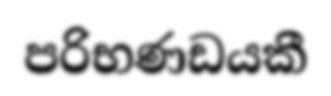
පරිභණඩයකී